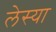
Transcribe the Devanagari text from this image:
लेस्या